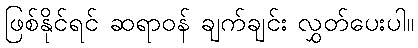
ဖြစ်နိုင်ရင် ဆရာဝန် ချက်ချင်း လွှတ်ပေးပါ။